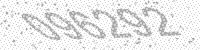
Solution: 096292